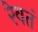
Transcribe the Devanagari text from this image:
रेवतं